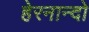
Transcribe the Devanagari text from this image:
हेरनान्दो